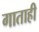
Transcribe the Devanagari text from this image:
गाताही